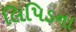
લિપિડના